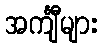
အင်္ကျီများ